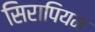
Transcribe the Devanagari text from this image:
सिरापियम